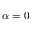
\alpha = 0